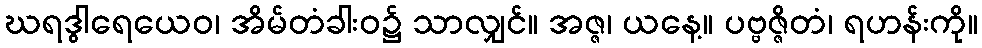
ဃရဒွါရေယေဝ၊ အိမ်တံခါးဝ၌ သာလျှင်။ အဇ္ဇ၊ ယနေ့။ ပဗ္ဗဇ္ဇိတံ၊ ရဟန်းကို။